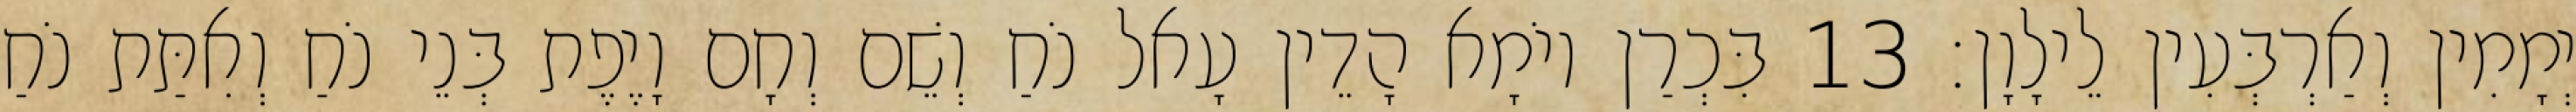
יְמָמִין וְאַרְבְּעִין לֵילָוָן׃ 13 בִּכְרַן יוֹמָא הָדֵין עָאל נֹחַ וְשֵׁם וְחָם וָיֶפֶת בְּנֵי נֹחַ וְאִתַּת נֹחַ